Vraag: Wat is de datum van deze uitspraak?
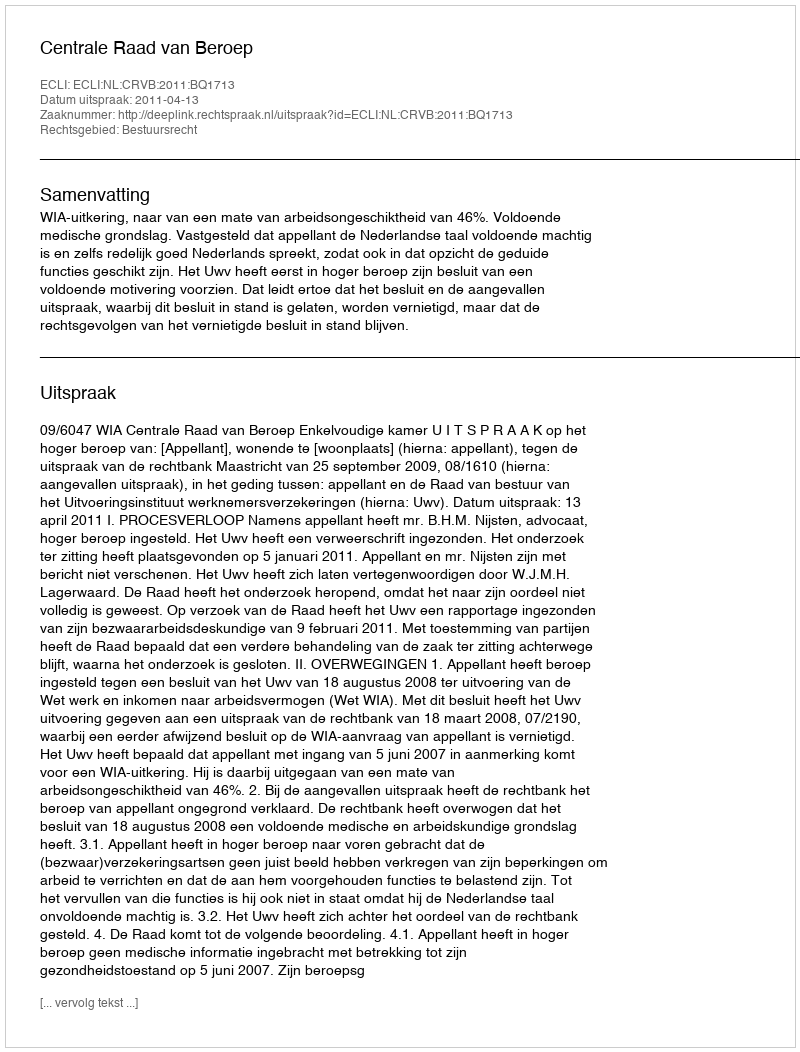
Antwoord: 2011-04-13